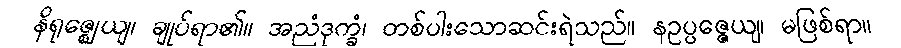
နိရုဇ္ဈေယျ၊ ချုပ်ရာ၏။ အညံဒုက္ခံ၊ တစ်ပါးသောဆင်းရဲသည်။ နဥပ္ပဇ္ဇေယျ၊ မဖြစ်ရာ။